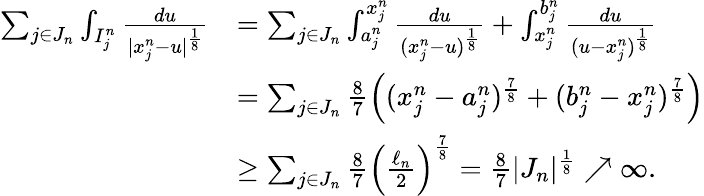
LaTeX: \begin{array}{rl}{\sum_{j\in J_{n}}\int_{I_{j}^{n}}\frac{du}{|x_{j}^{n}-u|^{\frac{1}{8}}}}&{=\sum_{j\in J_{n}}\int_{a_{j}^{n}}^{x_{j}^{n}}\frac{du}{(x_{j}^{n}-u)^{\frac{1}{8}}}+\int_{x_{j}^{n}}^{b_{j}^{n}}\frac{du}{(u-x_{j}^{n})^{\frac{1}{8}}}}\\ &{=\sum_{j\in J_{n}}\frac{8}{7}\left((x_{j}^{n}-a_{j}^{n})^{\frac{7}{8}}+(b_{j}^{n}-x_{j}^{n})^{\frac{7}{8}}\right)}\\ &{\geq\sum_{j\in J_{n}}\frac{8}{7}\left(\frac{\ell_{n}}{2}\right)^{\frac{7}{8}}=\frac{8}{7}|J_{n}|^{\frac{1}{8}}\nearrow\infty.}\end{array}